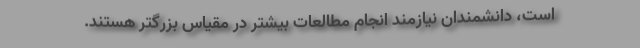
است، دانشمندان نیازمند انجام مطالعات بیشتر در مقیاس بزرگتر هستند.